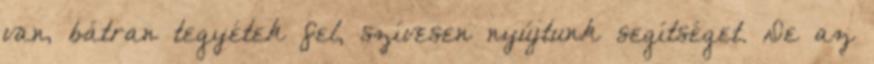
van, bátran tegyétek fel, szívesen nyújtunk segítséget. De az